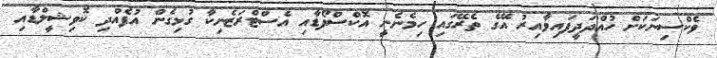
ވެކްސިނަކަށް ހުއްދަދީފައިވާއިރު އޭގެ ތެރޭގައި ހިމެނެނީ އޮކްސްފޯޑާއި އެސްޓްރަޒެނިކާ ގުޅިގެން އުފެއްދި ކޮވިޝީލްޑާއި